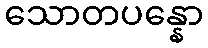
သောတပန္နော